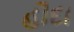
હૌદા